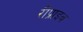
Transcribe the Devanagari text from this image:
रीप्राइव